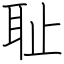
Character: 耻